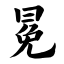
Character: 冕